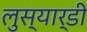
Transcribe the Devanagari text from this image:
लुस्यार्डी